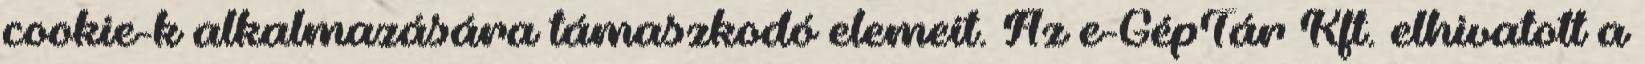
cookie-k alkalmazására támaszkodó elemeit. Az e-GépTár Kft. elhivatott a